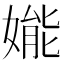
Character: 𱙦